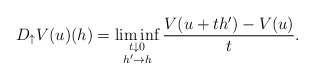
\begin{align*}D_{\uparrow} V(u)(h) =\liminf_{\substack{t\downarrow 0 \\ h'\to h}} \frac{V(u+th')- V(u)}{t}.\end{align*}